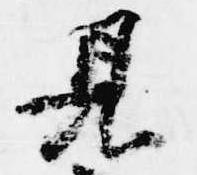
見